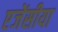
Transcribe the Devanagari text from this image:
एजेंसीया